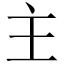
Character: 主